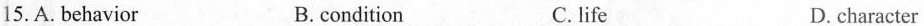
15.A.behavior B.condition C.life D.character